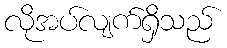
လိုအပ်လျက်ရှိသည်